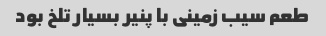
طعم سیب زمینی با پنیر بسیار تلخ بود